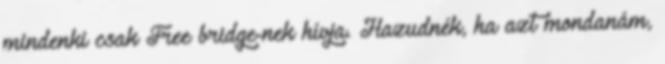
mindenki csak Free bridge-nek hívja. Hazudnék, ha azt mondanám,